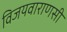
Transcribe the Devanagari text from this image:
विजयवाराणसी